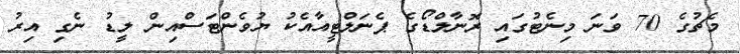
މެޗުގެ 70 ވަނަ މިނެޓުގައި ރޮނާލްޑޯގެ ޕެނަލްޓީއާއެކު ޔުވެންޓަސްއިން ލީޑު ނެގި އިރު